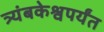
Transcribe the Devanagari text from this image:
त्र्यंबकेश्वपर्यंत